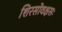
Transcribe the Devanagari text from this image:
शिरसोवक्षसः